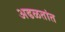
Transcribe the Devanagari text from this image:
अढळतांत